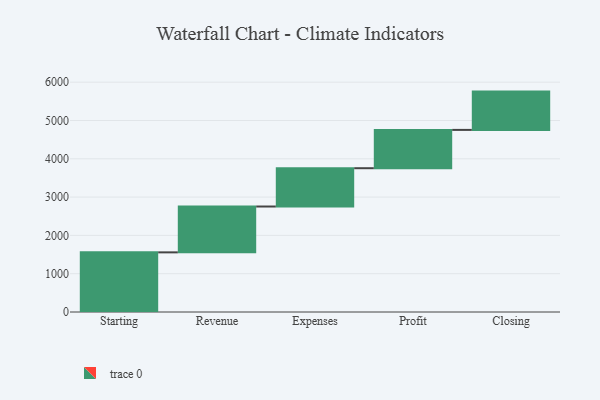
{"axis": {"x": "Step", "y": "Value"}, "legend": [""], "data": [{"x": "Starting", "y": 1557.0, "type": ""}, {"x": "Revenue", "y": 1197.0, "type": ""}, {"x": "Expenses", "y": 1000, "type": ""}, {"x": "Profit", "y": 1000, "type": ""}, {"x": "Closing", "y": 1000, "type": ""}]}